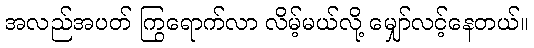
အလည်အပတ် ကြွရောက်လာ လိမ့်မယ်လို့ မျှော်လင့်နေတယ်။